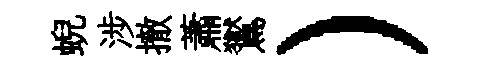
蜺涉撤蕭鸑）